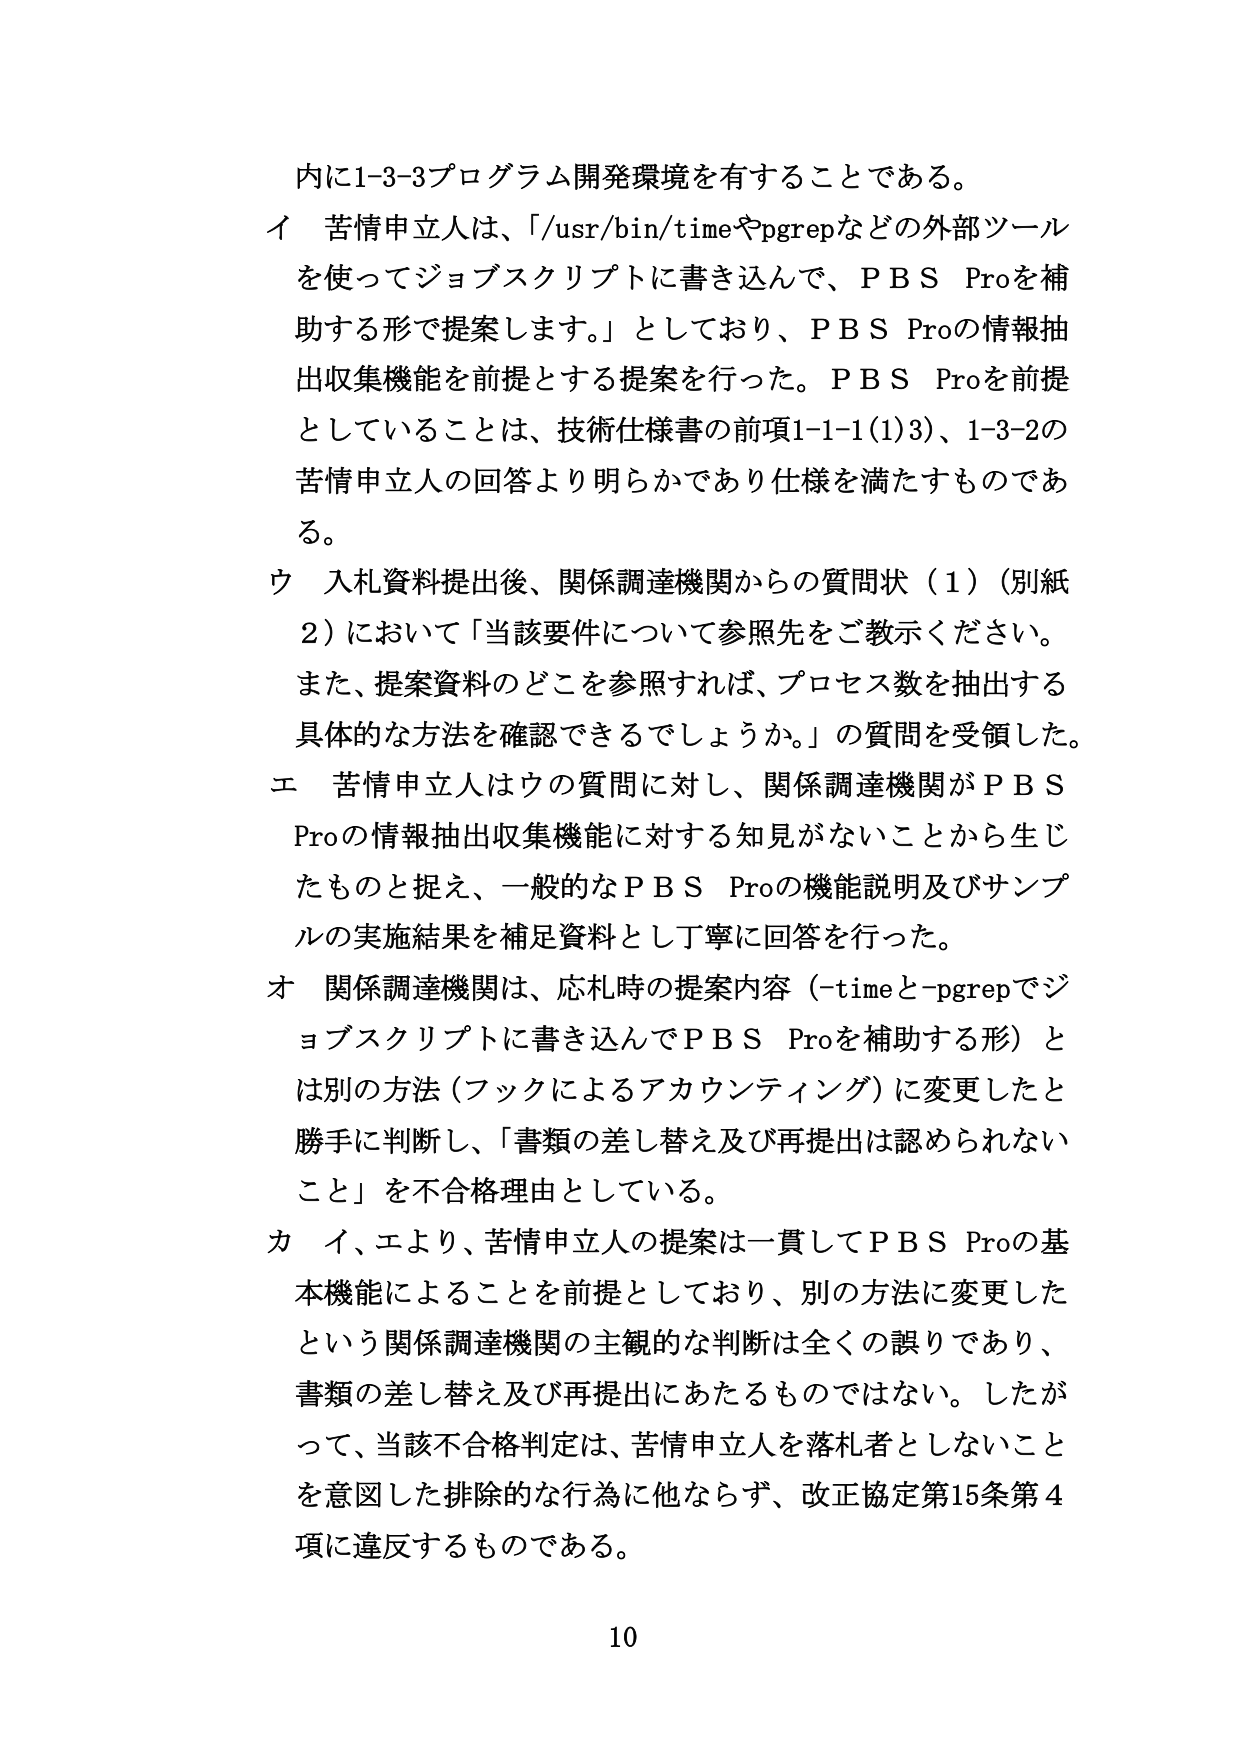
内に1-3-3プログラム開発環境を有することである。

イ 苦情申立人は、「/usr/bin/timeやpgrepなどの外部ツールを使ってジョブスクリプトに書き込んで、ＰＢＳ Proを補助する形で提案します。」としており、ＰＢＳ Proの情報抽出収集機能を前提とする提案を行った。ＰＢＳ Proを前提としていることは、技術仕様書の前項1-1-1(1)3)、1-3-2の苦情申立人の回答より明らかであり仕様を満たすものである。

ウ 入札資料提出後、関係調達機関からの質問状（1）（別紙2）において「当該要件について参照先をご教示ください。また、提案資料のどこを参照すれば、プロセス数を抽出する具体的な方法を確認できるでしょうか。」の質問を受領した。

エ 苦情申立人はウの質問に対し、関係調達機関がＰＢＳ Proの情報抽出収集機能に対する知見がないことから生じたものと捉え、一般的なＰＢＳ Proの機能説明及びサンプルの実施結果を補足資料とし丁寧に回答を行った。

オ 関係調達機関は、応札時の提案内容（-timeと-pgrepでジョブスクリプトに書き込んでＰＢＳ Proを補助する形）とは別の方法（フックによるアカウンティング）に変更したと勝手に判断し、「書類の差し替え及び再提出は認められないこと」を不合格理由としている。

カ イ、エより、苦情申立人の提案は一貫してＰＢＳ Proの基本機能によることを前提としており、別の方法に変更したという関係調達機関の主観的な判断は全くの誤りであり、書類の差し替え及び再提出にあたるものではない。したがって、当該不合格判定は、苦情申立人を落札者としないことを意図した排除的な行為に他ならず、改正協定第15条第4項に違反するものである。

10